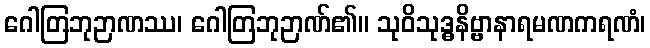
ဂေါတြဘုဉာဏဿ၊ ဂေါတြဘုဉာဏ်၏။ သုဝိသုဒ္ဓနိဗ္ဗာနာရမဏကရဏံ၊